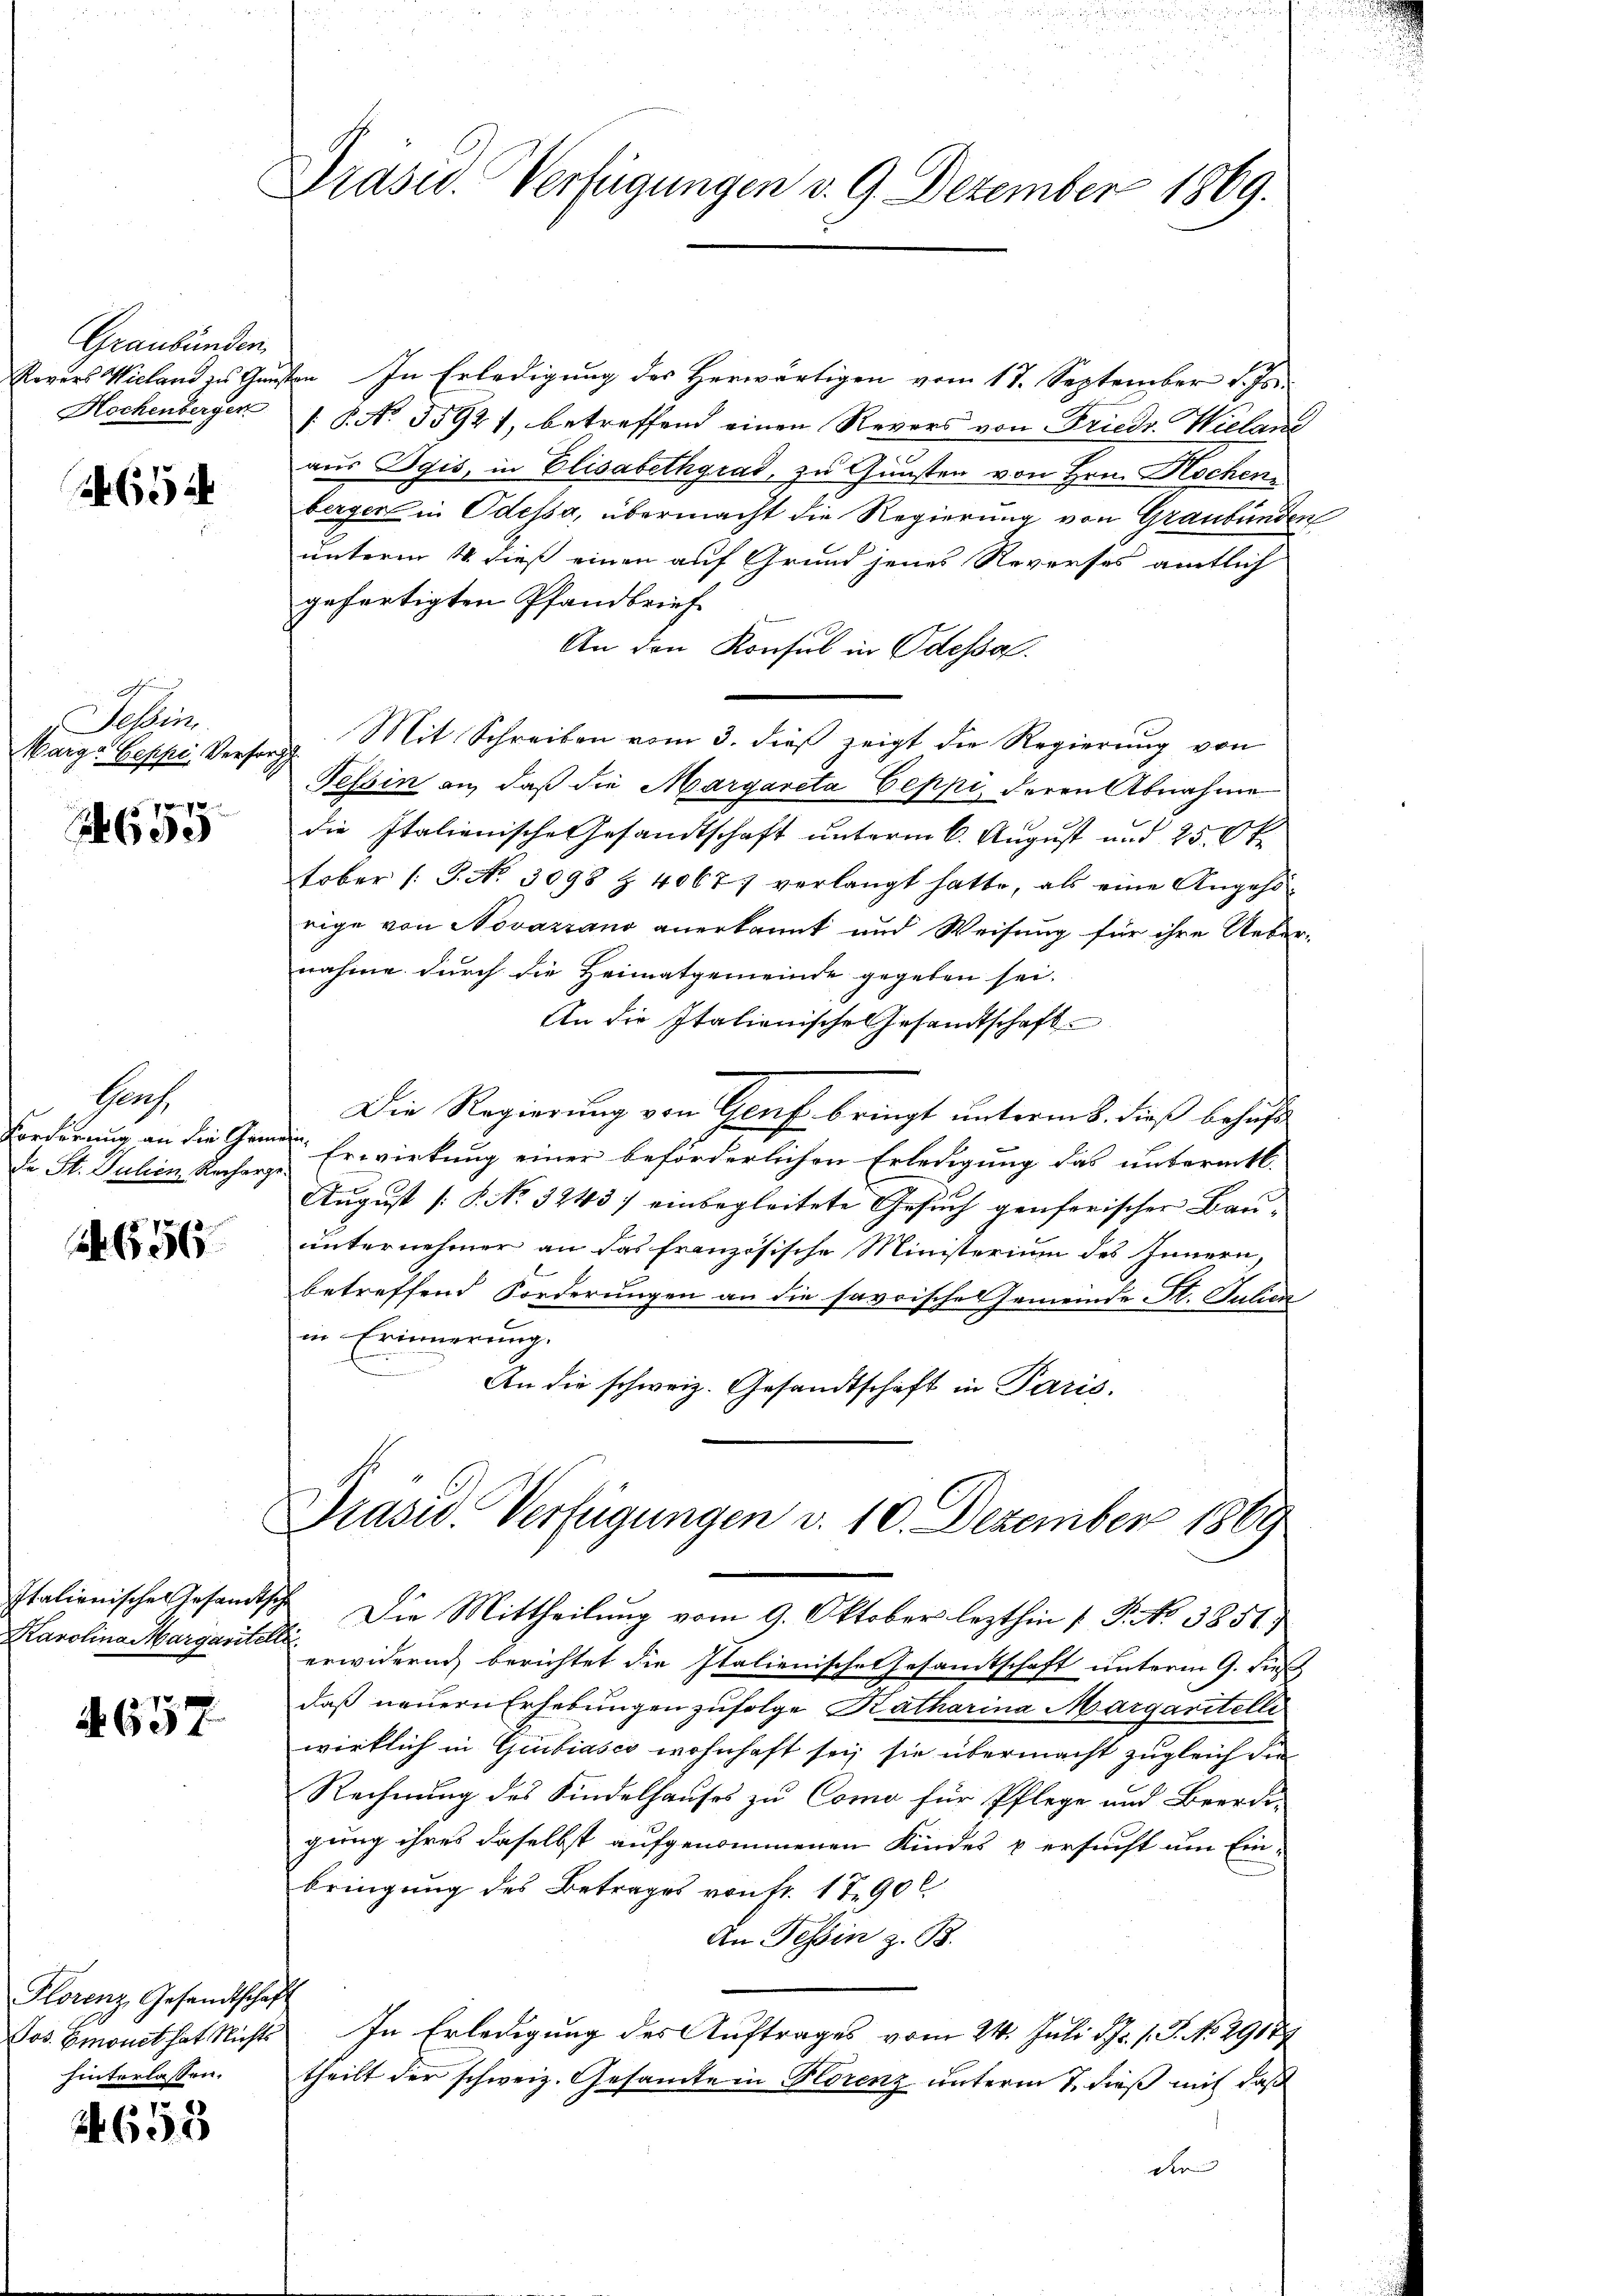
Graubünden.
Rovers Wieland zu Gun¬
Hochenberger

654

e
Tessin.
Marga Beppe, Verfor
 . . .

26 de

Hars.
Forderung an die Gem
de St. Julien Recharge

A 656

Karolina Margaritelli

a 657

Florenz, Gesandtschaft
Jos. Smonet hat Nichts
hinterlassen.

2653

Präsid. Verfügungen d. 9. Dezember 1869.

Von In Erledigung des Herwärtigen vom 17. September d. Js.
[: P. No. 35921, betreffend einen Revers von Friedr. Wielan
aus Ogis, in Elisabethgrad, zu Gunsten von Hrn. Hochen
berger in Odessa, übermacht die Regierung von Graubünden
unterm 4. dieß einen auf Grund jenes Reverses amtlich
gefertigten Pfandbrief
An den Konsul in Odessa.
Mit Schreiben vom 3. dieß zeigt die Regierung von
Tessin an, daß die Margareta Ceppi, deren Abnahme
die Italienische Gesandtschaft unterm 6. August und 25. Ok
tober /: P. No. 3098 Z. 4067) verlangt hatte, als eine Angehö-
rige von Novazrano anerkannt und Weisung für ihre Ueber-
nahme durch die Heimatgemeinde gegeben sei.
An die Italienische Gesandtschaft
Die Regierung von Genf bringt unterm 8. dieß behufs
fer,
Erwirkung einer beförderlichen Erledigung das untereitli
August [§ No 3243) einbegleitete Gesuch genferischer Bauunternehmer an das französische Ministerium des Innern,
betreffend Forderungen an die savoisches Gemeinde St. Julien
in Erinnerung.
An die schweiz. Gesandtschaft in Paris.
Präsid. Verfügungen d. 10. Dezember 1869

Italienisches Gesandtsche Die Mittheilung vom 9. Oktobers lezthin [ P. No 3851)
erwidern berichtet die Italienische Gesamtschaft unterm 9. Dies
daß neuern Erhebungen zufolge Katharina Margaritelli
wirklich in Giubiasco wohnhaft sei, sie übermacht zugleich die
Rechnung des Kindelhauses zu Como für Pflege und Beerdi-
gung ihres daselbst aufgenommenen Kindes & ersucht um Ein-
bringung des Betrages von Fr. 1790 l
An Tessin z. B.
In Erledigung des Auftrages vom 24. Juli d. Js. v. J. No. 29177
theilt der schweiz. Gesamte in Horenz unterm 7. dieß mit daß
den